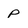
Character: p